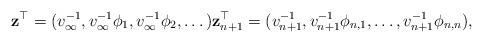
LaTeX: \begin{align*}\mathbf{z}^\top = ( v_{\infty}^{-1}, v_{\infty}^{-1} \phi_{1}, v_{\infty}^{-1} \phi_{2}, \dots) \mathbf{z}_{n+1}^\top = ( v_{n+1}^{-1}, v_{n+1}^{-1} \phi_{n,1}, \dots, v_{n+1}^{-1} \phi_{n,n} ),\end{align*}